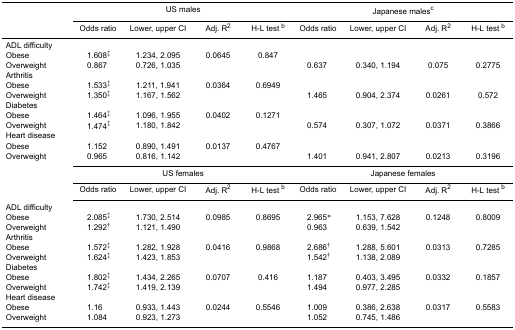
<table><thead><tr><td rowspan="3"></td><td colspan="4"><b>US males</b></td><td colspan="4"><b>Japanese males<sup>c</sup></b></td></tr><tr><td><b>Odds ratio</b></td><td><b>Lower, upper CI</b></td><td><b>Adj. R<sup>2</sup></b></td><td><b>H-L test <sup>b</sup></b></td><td><b>Odds ratio</b></td><td><b>Lower, upper CI</b></td><td><b>Adj. R<sup>2</sup></b></td><td><b>H-L test <sup>b</sup></b></td></tr></thead><tbody><tr><td colspan="9">ADL difficulty</td></tr><tr><td>Obese</td><td>1.608<sup>‡</sup></td><td>1.234, 2.095</td><td>0.0645</td><td>0.847</td><td></td><td></td><td></td><td></td></tr><tr><td>Overweight</td><td>0.867</td><td>0.726, 1.035</td><td></td><td></td><td>0.637</td><td>0.340, 1.194</td><td>0.075</td><td>0.2775</td></tr><tr><td colspan="9">Arthritis</td></tr><tr><td>Obese</td><td>1.533<sup>‡</sup></td><td>1.211, 1.941</td><td>0.0364</td><td>0.6949</td><td></td><td></td><td></td><td></td></tr><tr><td>Overweight</td><td>1.350<sup>‡</sup></td><td>1.167, 1.562</td><td></td><td></td><td>1.465</td><td>0.904, 2.374</td><td>0.0261</td><td>0.572</td></tr><tr><td colspan="9">Diabetes</td></tr><tr><td>Obese</td><td>1.464<sup>‡</sup></td><td>1.096, 1.955</td><td>0.0402</td><td>0.1271</td><td></td><td></td><td></td><td></td></tr><tr><td>Overweight</td><td>1.474<sup>‡</sup></td><td>1.180, 1.842</td><td></td><td></td><td>0.574</td><td>0.307, 1.072</td><td>0.0371</td><td>0.3866</td></tr><tr><td colspan="9">Heart disease</td></tr><tr><td>Obese</td><td>1.152</td><td>0.890, 1.491</td><td>0.0137</td><td>0.4767</td><td></td><td></td><td></td><td></td></tr><tr><td>Overweight</td><td>0.965</td><td>0.816, 1.142</td><td></td><td></td><td>1.401</td><td>0.941, 2.807</td><td>0.0213</td><td>0.3196</td></tr><tr><td rowspan="4"></td><td colspan="4">US females</td><td colspan="4">Japanese females</td></tr><tr><td>Odds ratio</td><td>Lower, upper CI</td><td>Adj. R<sup>2</sup></td><td>H-L test <sup>b</sup></td><td>Odds ratio</td><td>Lower, upper CI</td><td>Adj. R<sup>2</sup></td><td>H-L test <sup>b</sup></td></tr><tr><td colspan="9">ADL difficulty</td></tr><tr><td>Obese</td><td>2.085<sup>‡</sup></td><td>1.730, 2.514</td><td>0.0985</td><td>0.8695</td><td>2.965*</td><td>1.153, 7.628</td><td>0.1248</td><td>0.8009</td></tr><tr><td>Overweight</td><td>1.292<sup>†</sup></td><td>1.121, 1.490</td><td></td><td></td><td>0.963</td><td>0.639, 1.542</td><td></td><td></td></tr><tr><td colspan="9">Arthritis</td></tr><tr><td>Obese</td><td>1.572<sup>‡</sup></td><td>1.282, 1.928</td><td>0.0416</td><td>0.9868</td><td>2.686†</td><td>1.288, 5.601</td><td>0.0313</td><td>0.7285</td></tr><tr><td>Overweight</td><td>1.624<sup>‡</sup></td><td>1.423, 1.853</td><td></td><td></td><td>1.542†</td><td>1.138, 2.089</td><td></td><td></td></tr><tr><td colspan="9">Diabetes</td></tr><tr><td>Obese</td><td>1.802<sup>‡</sup></td><td>1.434, 2.265</td><td>0.0707</td><td>0.416</td><td>1.187</td><td>0.403, 3.495</td><td>0.0332</td><td>0.1857</td></tr><tr><td>Overweight</td><td>1.742<sup>‡</sup></td><td>1.419, 2.139</td><td></td><td></td><td>1.494</td><td>0.977, 2.285</td><td></td><td></td></tr><tr><td colspan="9">Heart disease</td></tr><tr><td>Obese</td><td>1.16</td><td>0.933, 1.443</td><td>0.0244</td><td>0.5546</td><td>1.009</td><td>0.386, 2.638</td><td>0.0317</td><td>0.5583</td></tr><tr><td>Overweight</td><td>1.084</td><td>0.923, 1.273</td><td></td><td></td><td>1.052</td><td>0.745, 1.486</td><td></td><td></td></tr></tbody></table>